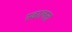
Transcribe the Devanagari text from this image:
स्वरलता